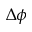
\Delta \phi